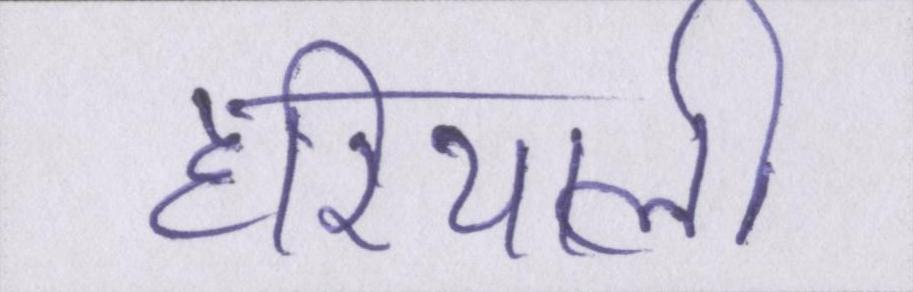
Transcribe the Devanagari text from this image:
हरियाली